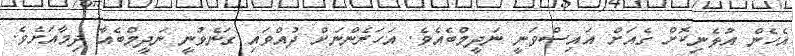
އެހެން އުޅެނިކޮށް ގެއަށް އައިސްވަނީ ނަދީމްބެއެވެ. އަހަރެންނަށް ދުއްވައި ގަނެވުނީ ނަދީމްބެއާ ދިމާއަށެވެ.